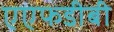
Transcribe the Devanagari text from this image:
एएफडीबी